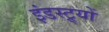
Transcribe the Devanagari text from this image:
इंडस्ट्र्यों